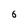
Character: 6